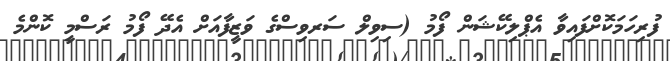
ފުރިހަމަކޮށްފައިވާ އެޕްލިކޭޝަން ފޯމު (ސިވިލް ސަރވިސްގެ ވަޒީފާއަށް އެދޭ ފޯމު ރަސްމީ ކޮންމެ